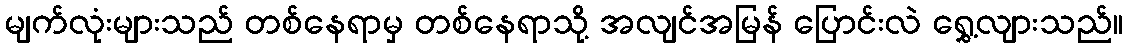
မျက်လုံးများသည် တစ်နေရာမှ တစ်နေရာသို့ အလျင်အမြန် ပြောင်းလဲ ရွှေ့လျားသည်။